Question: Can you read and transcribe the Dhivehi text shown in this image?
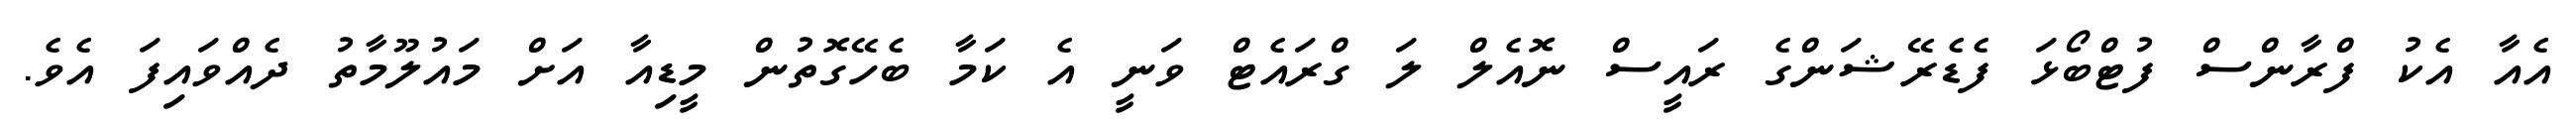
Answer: އެއާ އެކު ފްރާންސް ފުޓްބޯޅަ ފެޑެރޭޝަންގެ ރައީސް ނޮއެލް ލަ ގްރައެޓް ވަނީ އެ ކަމާ ބެހޭގޮތުން މީޑިއާ އަށް މައުލޫމާތު ދެއްވައިފަ އެވެ.